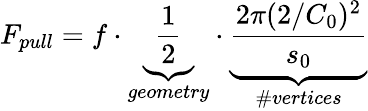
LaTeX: F_{pull}=f\cdot\underbrace{\frac{1}{2}}_{geometry}\cdot\underbrace{\frac{2\pi(2/C_{0})^{2}}{s_{0}}}_{\# vertices}